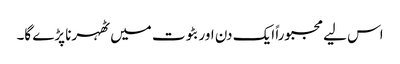
اس لیے مجبوراً ایک دن اور بٹوت میں ٹھہرنا پڑے گا۔